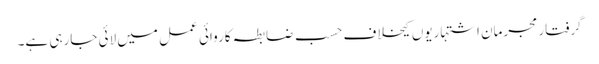
گرفتار مجرمان اشتہاریوں کیخلاف حسب ضابطہ کاروائی عمل میں لائی جارہی ہے۔